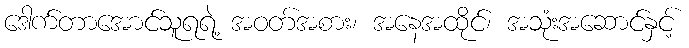
ဒေါက်တာအောင်သူရရဲ့ အဝတ်အစား၊ အနေအထိုင်၊ အသုံးအဆောင်နှင့်